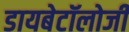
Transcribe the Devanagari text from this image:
डायबेटॉलोजी